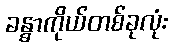
ခန္ဓာကိုယ်တစ်ခုလုံး